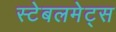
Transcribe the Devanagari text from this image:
स्टेबलमेट्स